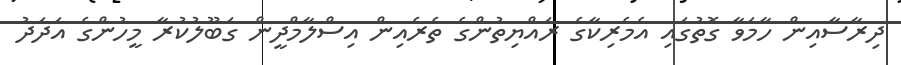
ދިރާސާއިން ހާމަވާ ގޮތުގައި އެމެރިކާގެ ރައްޔިތުންގެ ތެރެއިން އިސްލާމްދީން ގަބޫލުކުރާ މީހުންގެ އަދަދު